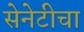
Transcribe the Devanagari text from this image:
सेनेटीचा